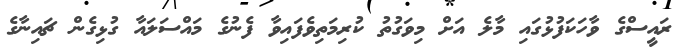
ރައީސްގެ ވާހަކަފުޅުގައި މާލެ އަށް މިވަގުތު ކުރިމަތިވެފައިވާ ފެނުގެ މައްސަލައާ ގުޅިގެން ޗައިނާގެ